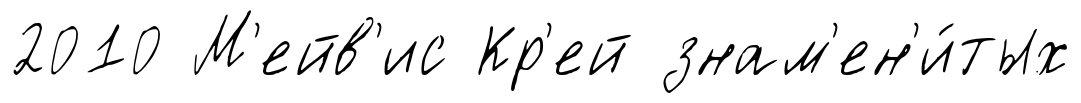
2010 М'ейв'ис Кр'ей знам'ен'и́тых